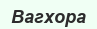
Вагхора